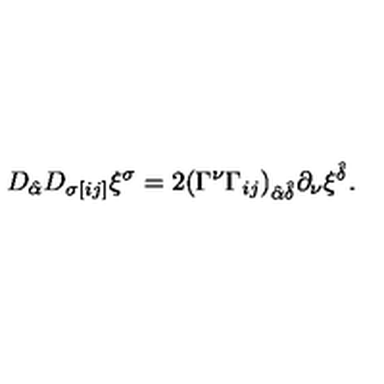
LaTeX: D _ { \hat { \alpha } } D _ { \sigma [ i j ] } \xi ^ { \sigma } = 2 ( \Gamma ^ { \nu } \Gamma _ { i j } ) _ { \hat { \alpha } \hat { \delta } } \partial _ { \nu } \xi ^ { \hat { \delta } } .